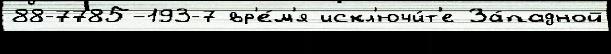
88-7785-193-7 вр'е́м'я искл'ючи́т'е За́падной